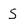
Character: S